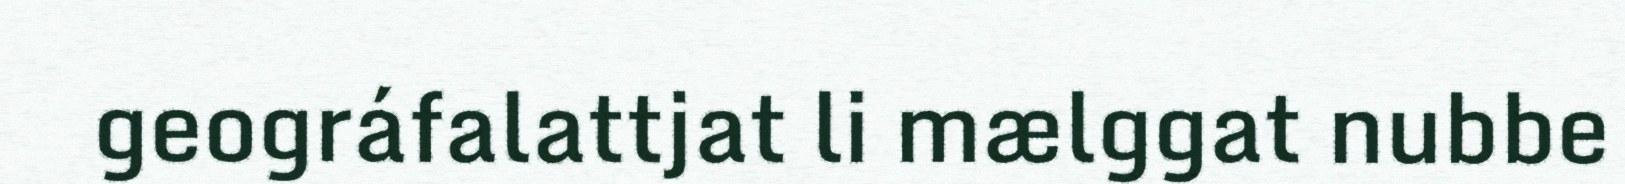
geográfalattjat li mælggat nubbe